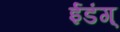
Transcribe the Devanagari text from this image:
ईडंग्